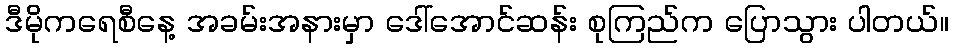
ဒီမိုကရေစီနေ့ အခမ်းအနားမှာ ဒေါ်အောင်ဆန်း စုကြည်က ပြောသွား ပါတယ်။